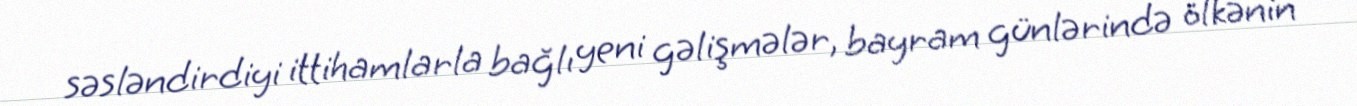
səsləndirdiyi ittihamlarla bağlı yeni gəlişmələr, bayram günlərində ölkənin